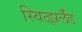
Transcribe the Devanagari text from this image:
स्वित्झ्रर्लँड